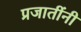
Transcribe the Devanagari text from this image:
प्रजातींनी